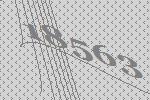
18563